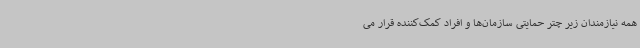
همه نیازمندان زیر چتر حمایتی سازمان‌ها و افراد کمک‌کننده قرار می‌